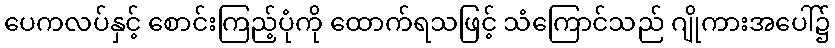
ပေကလပ်နှင့် စောင်းကြည့်ပုံကို ထောက်ရသဖြင့် သံကြောင်သည် ဂျိုကားအပေါ်၌